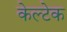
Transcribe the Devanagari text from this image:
केल्टेक